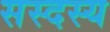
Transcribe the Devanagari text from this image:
सस्दस्य